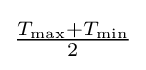
{\textstyle {\frac {T_{\text{max}}+T_{\text{min}}}{2}}}